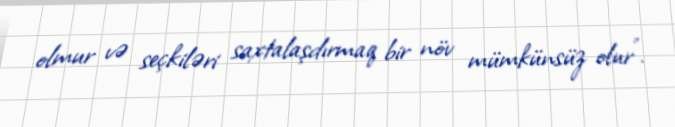
olmur və seçkiləri saxtalaşdırmaq bir növ mümkünsüz olur”.